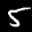
Label: 5